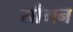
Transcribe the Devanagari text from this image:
साँमन